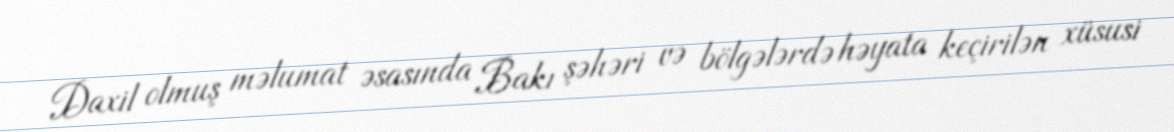
Daxil olmuş məlumat əsasında Bakı şəhəri və bölgələrdə həyata keçirilən xüsusi